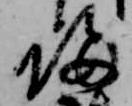
帰